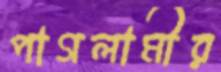
পাগলামীর